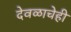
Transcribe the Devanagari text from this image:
देवळाचेही